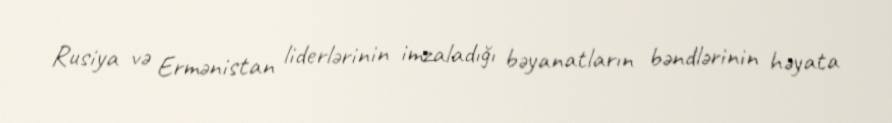
Rusiya və Ermənistan liderlərinin imzaladığı bəyanatların bəndlərinin həyata